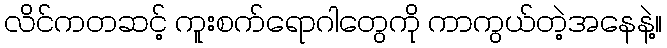
လိင်ကတဆင့် ကူးစက်ရောဂါတွေကို ကာကွယ်တဲ့အနေနဲ့။